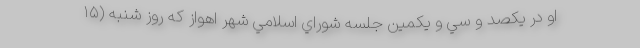
او در يكصد و سي و يكمين جلسه شوراي اسلامي شهر اهواز كه روز شنبه (۱۵